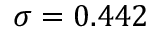
\sigma = 0 . 4 4 2